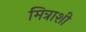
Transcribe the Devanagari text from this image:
मित्राशी